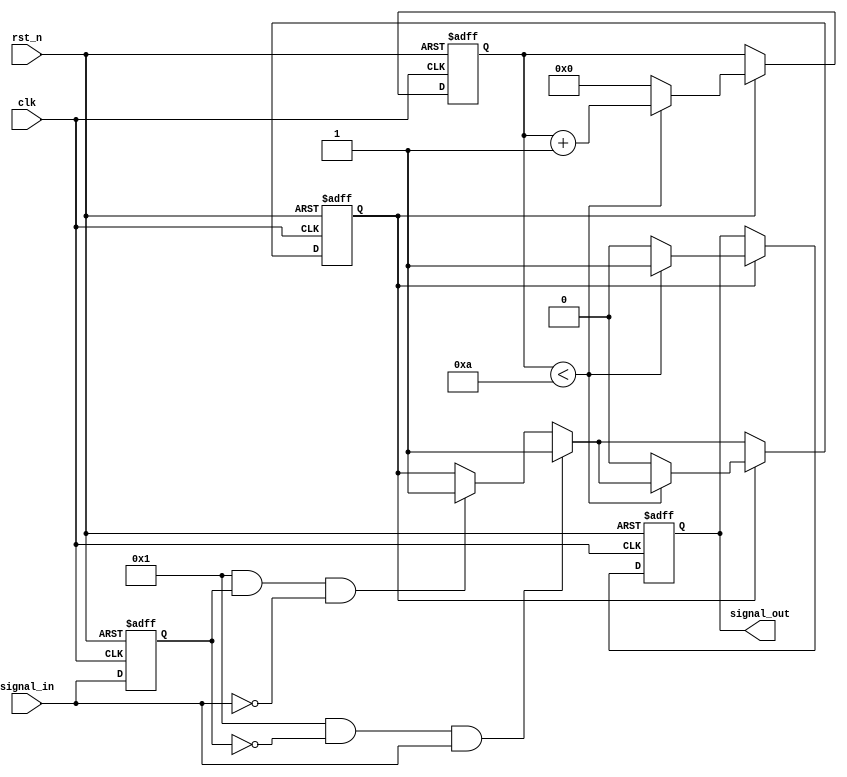
module edge_detector #(
    parameter PULSE_WIDTH = 10, // Pulse width in clock cycles
    parameter RISING_EDGE = 1,  // 1 to detect rising edge, 0 otherwise
    parameter FALLING_EDGE = 1   // 1 to detect falling edge, 0 otherwise
)(
    input wire clk,              // Clock input
    input wire rst_n,            // Asynchronous reset (active low)
    input wire signal_in,        // Input signal to detect edges
    output reg signal_out        // Output pulse signal
);

    reg signal_in_prev;          // Previous state of the input signal
    reg [3:0] counter;           // Counter for pulse width duration
    reg pulse_active;            // Flag to indicate if pulse is active

    always @(posedge clk or negedge rst_n) begin
        if (!rst_n) begin
            signal_in_prev <= 0;
            counter <= 0;
            signal_out <= 0;
            pulse_active <= 0;
        end else begin
            // Edge detection
            if (RISING_EDGE && !signal_in_prev && signal_in) begin
                pulse_active <= 1;   // Rising edge detected
            end else if (FALLING_EDGE && signal_in_prev && !signal_in) begin
                pulse_active <= 1;   // Falling edge detected
            end
            
            // Update previous signal state
            signal_in_prev <= signal_in;

            // Pulse generation logic
            if (pulse_active) begin
                if (counter < PULSE_WIDTH) begin
                    counter <= counter + 1;
                    signal_out <= 1;   // Generate pulse
                end else begin
                    pulse_active <= 0; // Reset pulse flag
                    counter <= 0;      // Reset counter
                    signal_out <= 0;   // End pulse
                end
            end
        end
    end
endmodule